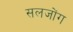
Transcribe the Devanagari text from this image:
सलजोंग